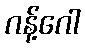
ဂန့်ဂေါ